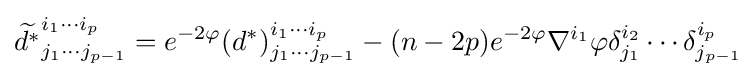
{\widetilde {d^{\ast }}}_{j_{1}\cdots j_{p-1}}^{i_{1}\cdots i_{p}}=e^{-2\varphi }(d^{\ast })_{j_{1}\cdots j_{p-1}}^{i_{1}\cdots i_{p}}-(n-2p)e^{-2\varphi }\nabla ^{i_{1}}\varphi \delta _{j_{1}}^{i_{2}}\cdots \delta _{j_{p-1}}^{i_{p}}